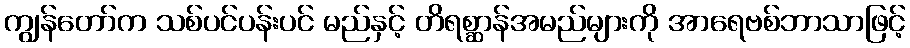
ကျွန်တော်က သစ်ပင်ပန်းပင် မည်နှင့် တိရစ္ဆာန်အမည်များကို အာရေဗစ်ဘာသာဖြင့်